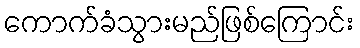
ကောက်ခံသွားမည်ဖြစ်ကြောင်း